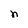
Character: n